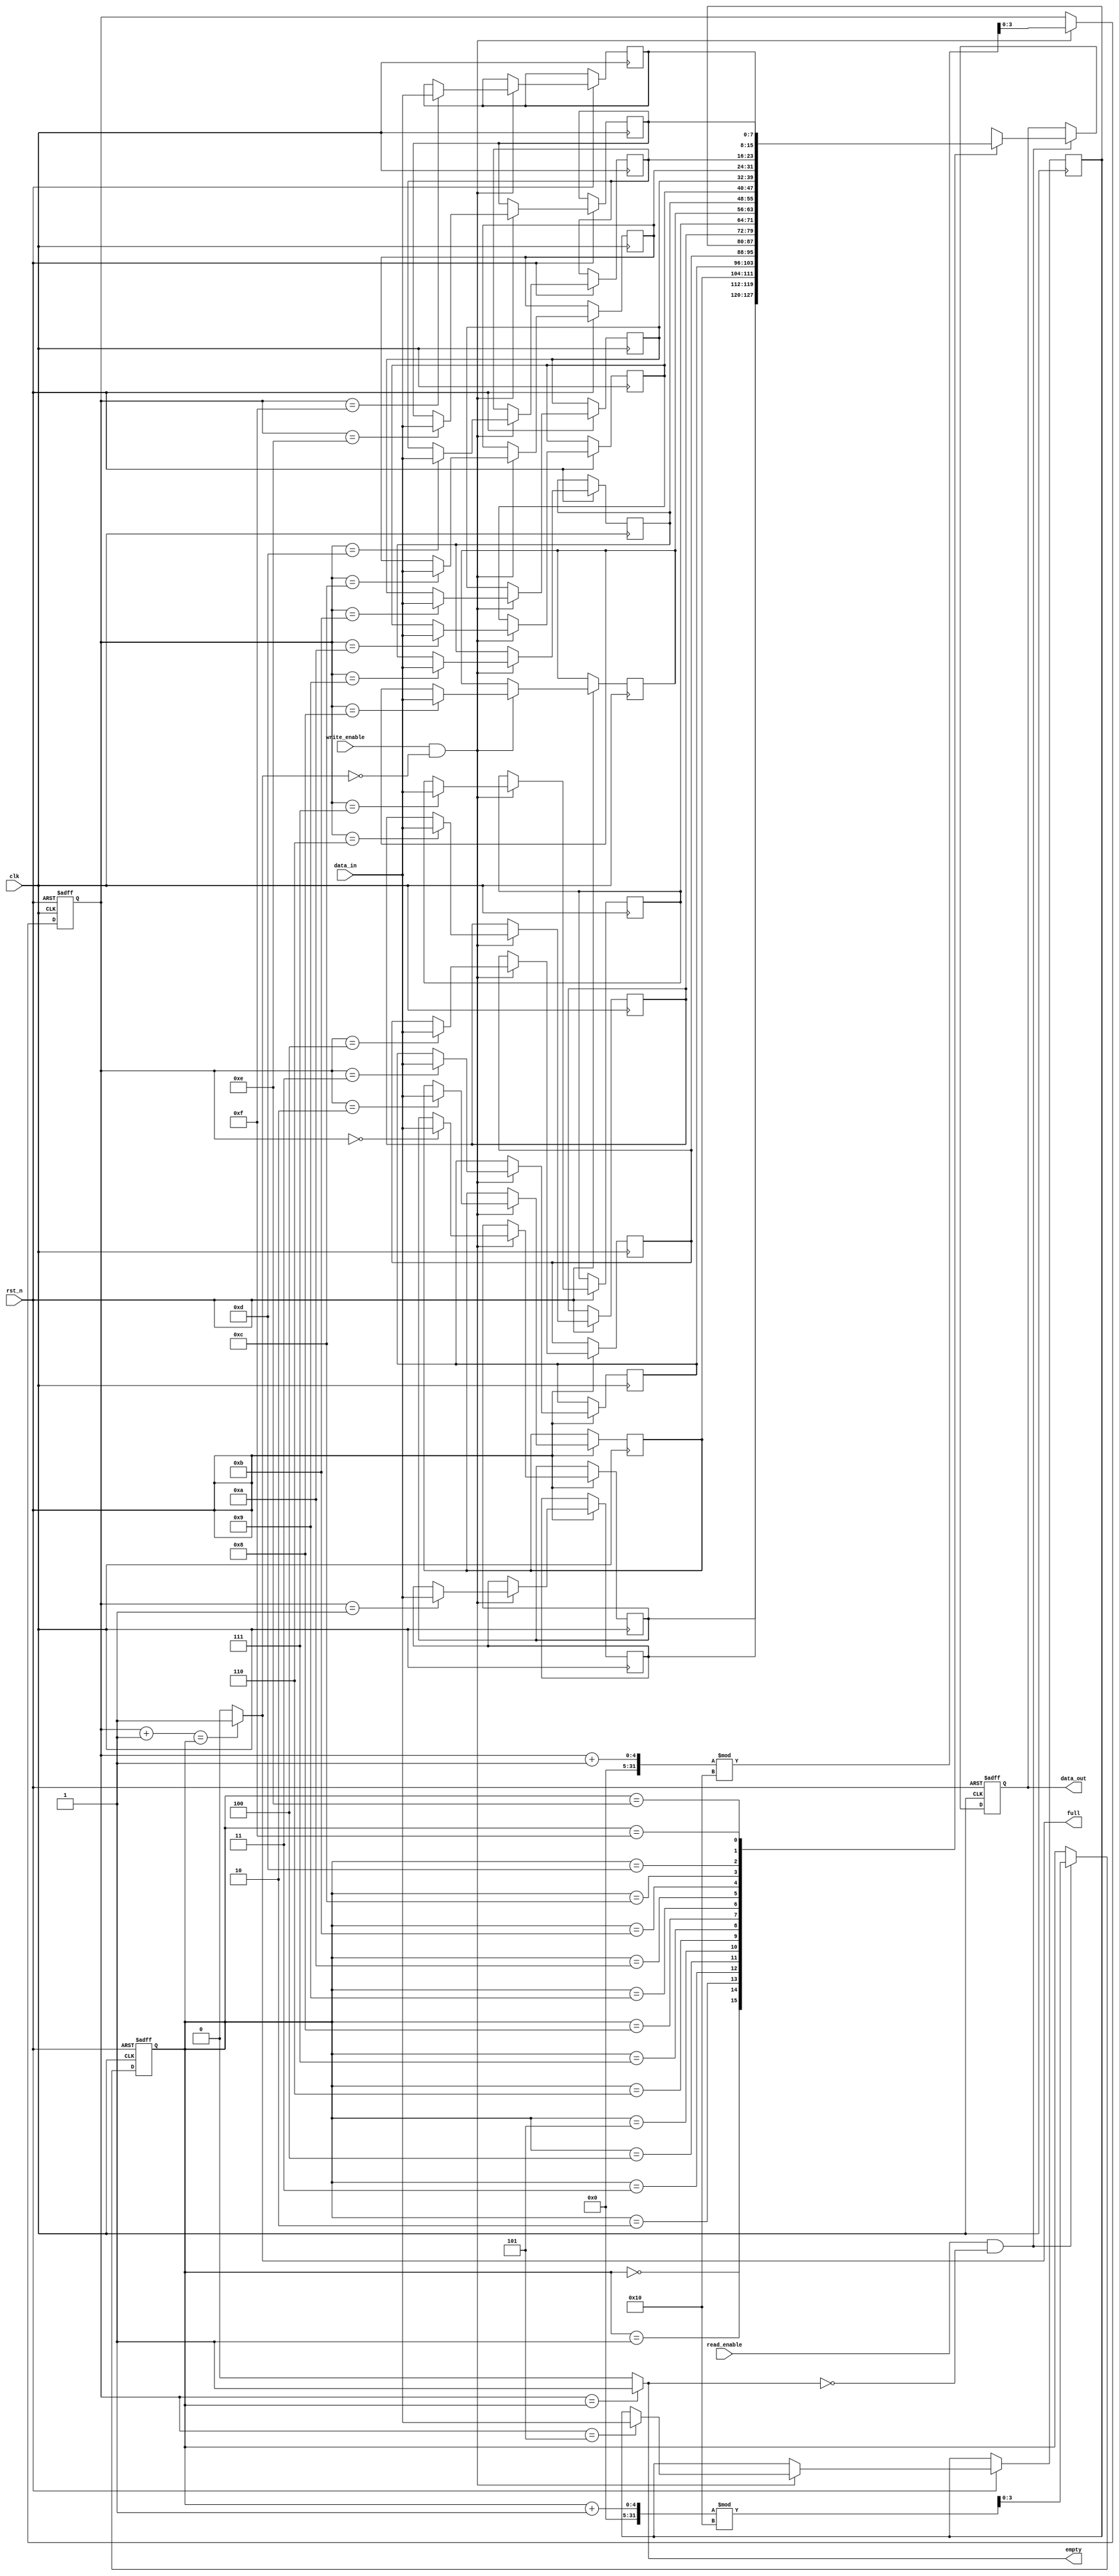
module parameterized_fifo #(
    parameter DATA_WIDTH = 8,
    parameter FIFO_DEPTH = 16
) (
    input wire clk,
    input wire rst_n,
    input wire write_enable,
    input wire read_enable,
    input wire [DATA_WIDTH-1:0] data_in,
    output reg [DATA_WIDTH-1:0] data_out,
    output reg full,
    output reg empty
);

    // Calculate the pointer width (log2 of FIFO_DEPTH)
    localparam POINTER_WIDTH = $clog2(FIFO_DEPTH);
    
    // Memory Array
    reg [DATA_WIDTH-1:0] fifo_memory [0:FIFO_DEPTH-1];

    // Read and Write Pointers
    reg [POINTER_WIDTH-1:0] read_ptr;
    reg [POINTER_WIDTH-1:0] write_ptr;

    // FIFO Status Logic
    always @(*) begin
        full = (write_ptr + 1'b1 == read_ptr) ? 1'b1 : 1'b0; // Full if next write_ptr equals read_ptr
        empty = (write_ptr == read_ptr) ? 1'b1 : 1'b0; // Empty if write_ptr equals read_ptr
    end

    // Write Operation
    always @(posedge clk or negedge rst_n) begin
        if (!rst_n) begin
            write_ptr <= 0;
        end else if (write_enable && !full) begin
            fifo_memory[write_ptr] <= data_in; // Write data to the memory
            write_ptr <= (write_ptr + 1) % FIFO_DEPTH; // Increment write pointer (wrap around)
        end
    end

    // Read Operation
    always @(posedge clk or negedge rst_n) begin
        if (!rst_n) begin
            read_ptr <= 0;
            data_out <= 0; // Clear data output
        end else if (read_enable && !empty) begin
            data_out <= fifo_memory[read_ptr]; // Read data from the memory
            read_ptr <= (read_ptr + 1) % FIFO_DEPTH; // Increment read pointer (wrap around)
        end
    end

endmodule